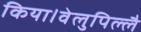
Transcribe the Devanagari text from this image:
किया।वेलुपिल्लै